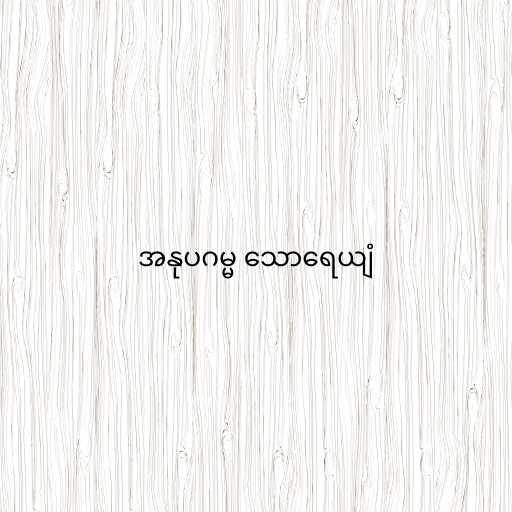
အနုပဂမ္မ သောရေယျံ